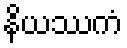
နိယဿကံ